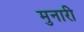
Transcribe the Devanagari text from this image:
मुनारी